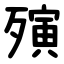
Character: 殥